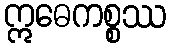
ဣဓေကစ္စဿ